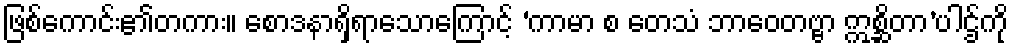
ဖြစ်ကောင်း၏တကား။ စောဒနာရှိရာသောကြောင့် ‘ကာမာ စ တေသံ ဘာဝေတဗ္ဗာ ဣစ္ဆိတာ’ပါဌ်ကို